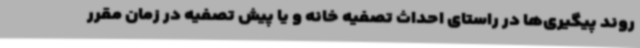
روند پیگیری‌ها در راستای احداث تصفیه خانه و یا پیش تصفیه در زمان مقرر